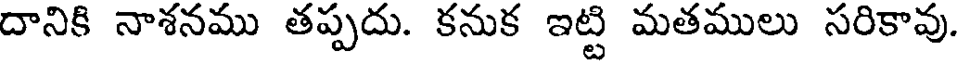
దానికి నాశనము తప్పదు. కనుక ఇట్టి మతములు సరికావు.